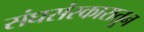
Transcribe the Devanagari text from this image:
संघसंस्कारातून